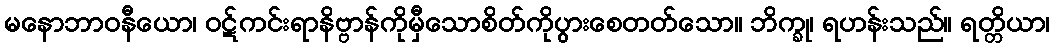
မနောဘာဝနီယော၊ ဝဋ်ကင်းရာနိဗ္ဗာန်ကိုမှီသောစိတ်ကိုပွားစေတတ်သော။ ဘိက္ခု၊ ရဟန်းသည်။ ရတ္တိယာ၊